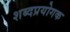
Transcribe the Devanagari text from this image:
शब्दप्रयोगक